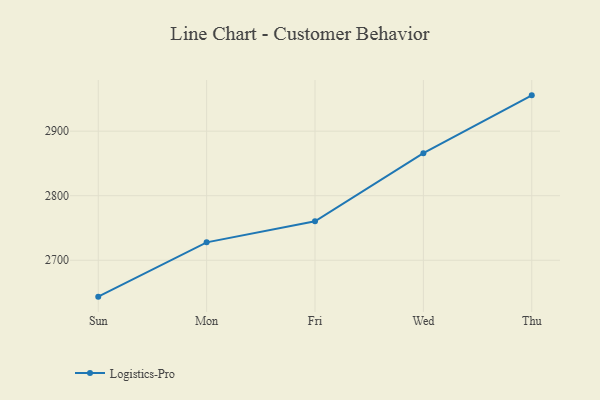
{"axis": {"x": "Day", "y": "Bounce Rate (%)"}, "legend": ["Logistics-Pro"], "data": [{"x": "Sun", "y": 2643.6, "type": "Logistics-Pro"}, {"x": "Mon", "y": 2727.7, "type": "Logistics-Pro"}, {"x": "Fri", "y": 2760.3, "type": "Logistics-Pro"}, {"x": "Wed", "y": 2865.9, "type": "Logistics-Pro"}, {"x": "Thu", "y": 2955.5, "type": "Logistics-Pro"}]}